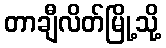
တာချီလိတ်မြို့သို့